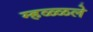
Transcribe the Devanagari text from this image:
म्हळ्ळले